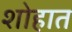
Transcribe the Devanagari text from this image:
शोहात